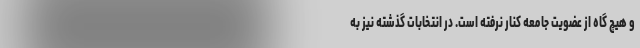
و هیچ گاه از عضویت جامعه کنار نرفته است. در انتخابات گذشته نیز به